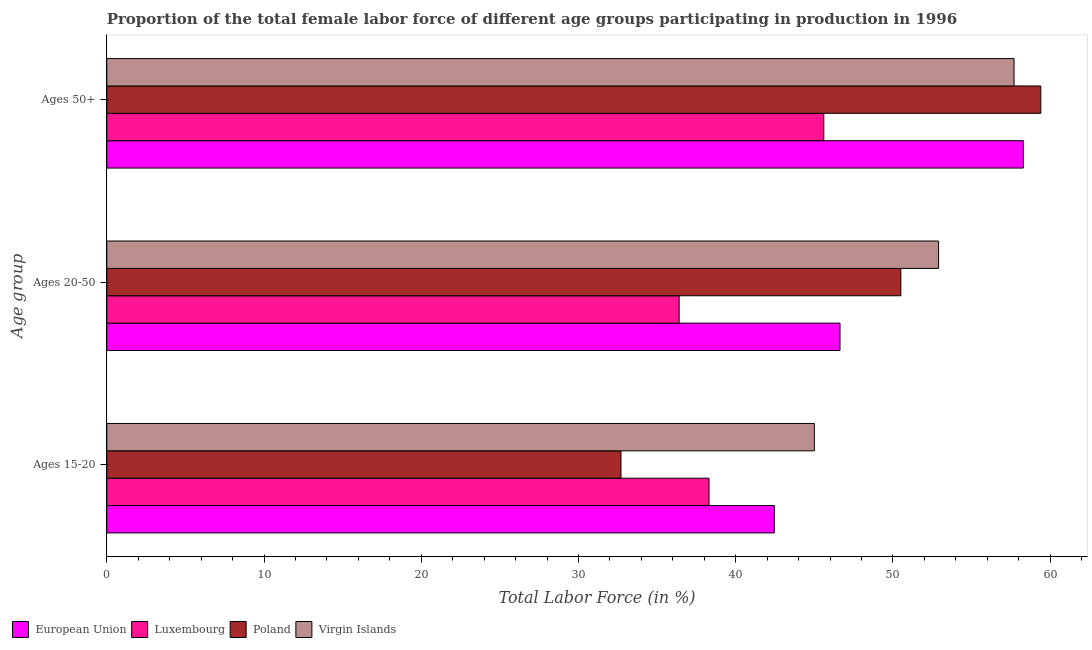
| Age group | European Union | Luxembourg | Poland | Virgin Islands |
 | --- | --- | --- | --- | --- |
 | Ages 15-20 | 42.5 | 38.3 | 32.7 | 45 |
 | Ages 20-50 | 46.6 | 36.4 | 50.5 | 52.9 |
 | Ages 50+ | 58.3 | 45.6 | 59.4 | 57.7 |